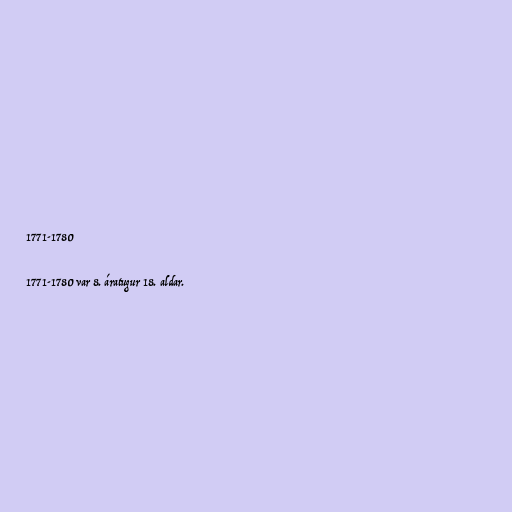
1771-1780

1771-1780 var 8. áratugur 18. aldar.